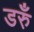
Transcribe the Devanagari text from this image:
डरुँ